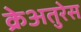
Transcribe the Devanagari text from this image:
क्रेअतुरेस